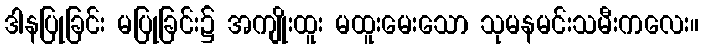
ဒါနပြုခြင်း မပြုခြင်း၌ အကျိုးထူး မထူးမေးသော သုမနမင်းသမီးကလေး။